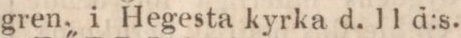
gren, i Hegesta kyrka d. 11 d:s.